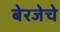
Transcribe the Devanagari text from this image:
बेरजेचे